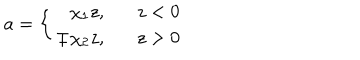
a = \left\{ \begin{array} { r l } { { \chi _ { 1 } z , } } & { { \; \ \ z < 0 } } \\ { { \mp \chi _ { 2 } z , } } & { { \; \ \ z > 0 } } \\ \end{array} \right.